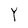
Character: Y